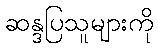
ဆန္ဒပြသူများကို